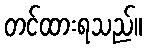
တင်ထားရသည်။